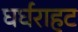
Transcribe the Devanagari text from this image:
घर्घराहट